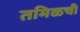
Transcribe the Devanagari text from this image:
तमिळची